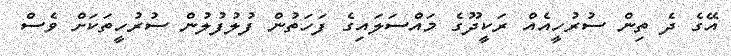
އޭގެ ދެ ތިން ސުރުހީއެއް ރަކީދޫގެ މައްސަލައިގެ ފަހަތުން ފުލުފުލުން ސުރުހީތަކަށް ވެސް